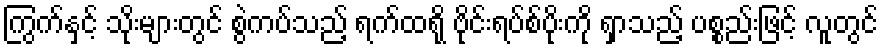
ကြွက်နှင့် သိုးများတွင် စွဲကပ်သည့် ရက်ထရို ဗိုင်းရပ်စ်ပိုးကို ရှာသည့် ပစ္စည်းဖြင့် လူတွင်